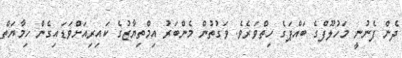
ދެން ފެނުނީ މަހުލޫފްގެ ބައްޕަގެ ހިތްވަރެވެ. ވަގުތުން މެންބަރު އިމްތިޔާޒުގެ ކައިރިއަށްވަޑައިގެން ހިމާޔަތް